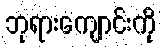
ဘုရားကျောင်းကို